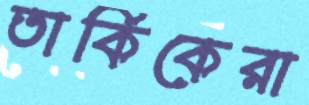
তার্কিকেরা